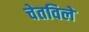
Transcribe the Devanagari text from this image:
चेतविले